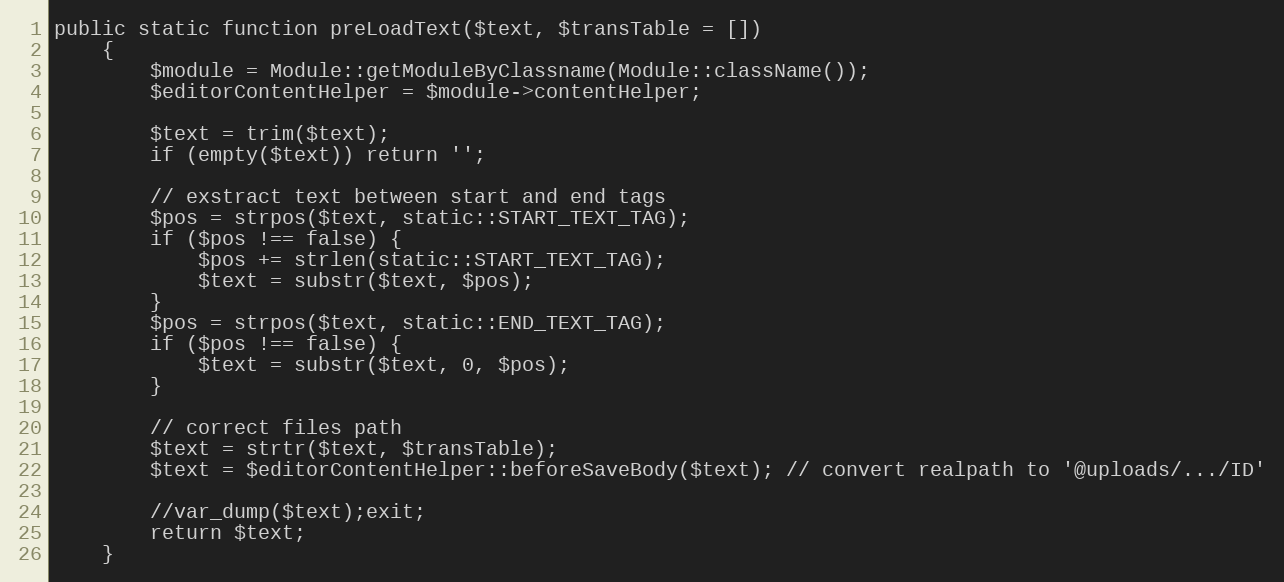
Language: PHP
public static function preLoadText($text, $transTable = [])
    {
        $module = Module::getModuleByClassname(Module::className());
        $editorContentHelper = $module->contentHelper;

        $text = trim($text);
        if (empty($text)) return '';

        // exstract text between start and end tags
        $pos = strpos($text, static::START_TEXT_TAG);
        if ($pos !== false) {
            $pos += strlen(static::START_TEXT_TAG);
            $text = substr($text, $pos);
        }
        $pos = strpos($text, static::END_TEXT_TAG);
        if ($pos !== false) {
            $text = substr($text, 0, $pos);
        }

        // correct files path
        $text = strtr($text, $transTable);
        $text = $editorContentHelper::beforeSaveBody($text); // convert realpath to '@uploads/.../ID'

        //var_dump($text);exit;
        return $text;
    }